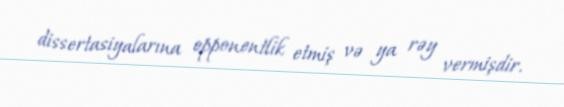
dissertasiyalarına opponentlik etmiş və ya rəy vermişdir.